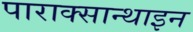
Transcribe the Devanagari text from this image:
पाराक्सान्थाइन